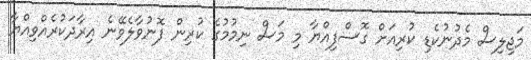
މަޖިލިސް މެދުނުކެޑި ކުރިއަށް ގޮސްފިއްޔާ މި މަސް ނިމުމުގެ ކުރިން ފޮނުވާލެވޭނެ އިރާދަކުރެއްވިއްޔާ